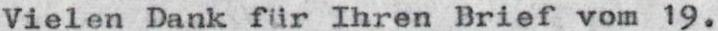
Vielen Dank für Ihren Brief vom 19.